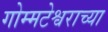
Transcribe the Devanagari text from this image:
गोम्मटेश्वराच्या